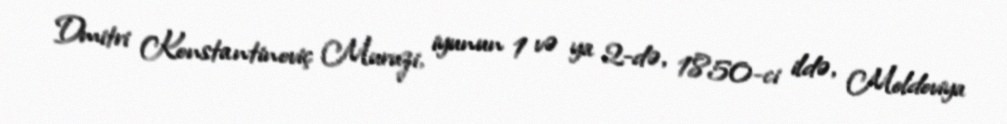
Dmitri Konstantinoviç Muruzi, iyunun 1 və ya 2-də, 1850-ci ildə, Moldoviya